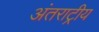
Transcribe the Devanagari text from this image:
अंतराट्रीय